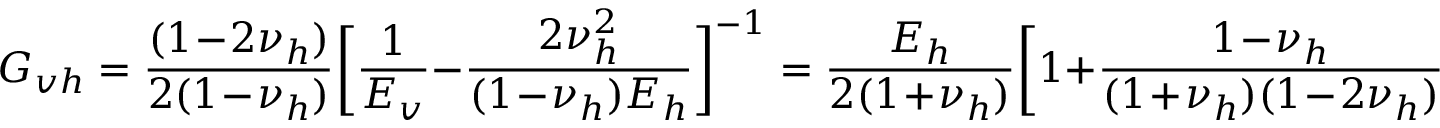
G _ { v h } = \frac { ( 1 \! - \! 2 \nu _ { h } ) } { 2 ( 1 \! - \! \nu _ { h } ) } \biggl [ \frac { 1 } { E _ { v } } - \frac { 2 \nu _ { h } ^ { 2 } } { ( 1 \! - \! \nu _ { h } ) E _ { h } } \biggr ] ^ { - 1 } = \frac { E _ { h } } { 2 ( 1 \! + \! \nu _ { h } ) } \biggl [ 1 + \frac { 1 \! - \! \nu _ { h } } { ( 1 \! + \! \nu _ { h } ) ( 1 \! - \! 2 \nu _ { h } ) } \Bigl ( \frac { E _ { h } } { E _ { v } } - 1 \Bigr ) \biggr ] ^ { - 1 } .